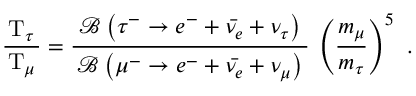
{ \frac { \, \mathrm { T } _ { \tau } \, } { \mathrm { T } _ { \mu } } } = { \frac { \; { \mathcal { B } } \left( \tau ^ { - } \rightarrow e ^ { - } + { \bar { \nu _ { e } } } + \nu _ { \tau } \right) \; } { { \mathcal { B } } \left( \mu ^ { - } \rightarrow e ^ { - } + { \bar { \nu _ { e } } } + \nu _ { \mu } \right) } } \, \left( { \frac { m _ { \mu } } { m _ { \tau } } } \right) ^ { 5 } ~ .